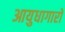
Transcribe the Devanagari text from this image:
आयुधागारों